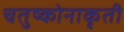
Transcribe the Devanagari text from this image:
चतुष्कोनाकृती